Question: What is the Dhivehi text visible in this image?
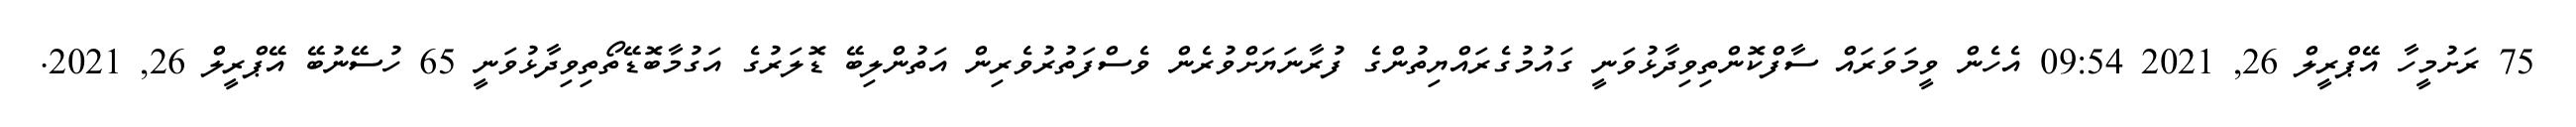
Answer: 75 ރަށުމީހާ އޭޕްރީލް 26, 2021 09:54 އެހެން ވީމަވަރައް ސާފްކޮންތިވިދާޅުވަނީ ގައުމުގެރައްޔިތުންގެ ފުރާނަޔަށްވުރެން ވެސްފަތުރުވެރިން އަތުންލިބޭ ޑޮލަރުގެ އަގުމާބޮޑޭތޯތިވިދާޅުވަނީ 65 ހުސޭނުބޭ އޭޕްރީލް 26, 2021.